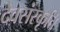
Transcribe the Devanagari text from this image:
देवसंस्कृति